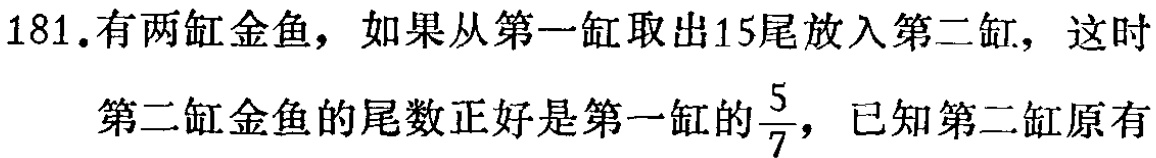
181.有两缸金鱼，如果从第一缸取出15尾放入第二缸，这时

第二缸金鱼的尾数正好是第一缸的$\frac{5}{7}$，已知第二缸原有